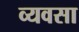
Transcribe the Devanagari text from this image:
व्यवसा